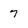
Character: 7